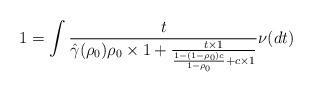
LaTeX: \begin{align*}1 &= \int \frac{t}{{\hat{\gamma}}(\rho_0) \rho_0 \times 1 + \frac{t \times 1}{\frac{1-(1-\rho_0)c}{1-\rho_0} + c\times 1} } \nu(dt)\end{align*}